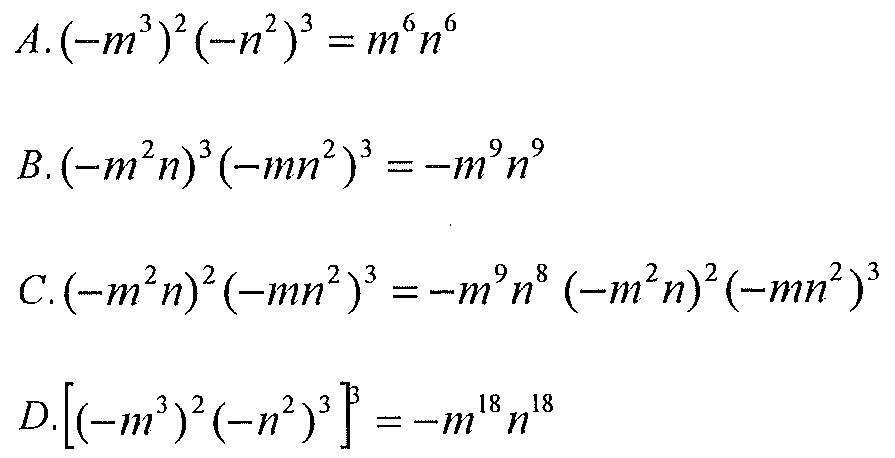
$A.(-m^{3})^{2}(-n^{2})^{3}=m^{6}n^{6}$
$B.(-m^{2}n)^{3}(-mn^{2})^{3}=-m^{9}n^{9}$
$C.(-m^{2}n)^{2}(-mn^{2})^{3}=-m^{9}n^{8}\ (-m^{2}n)^{2}(-mn^{2})^{3}$
$D.\left[(-m^{3})^{2}(-n^{2})^{3}\right]^{3}=-m^{18}n^{18}$